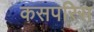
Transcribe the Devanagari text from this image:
कसपरिस